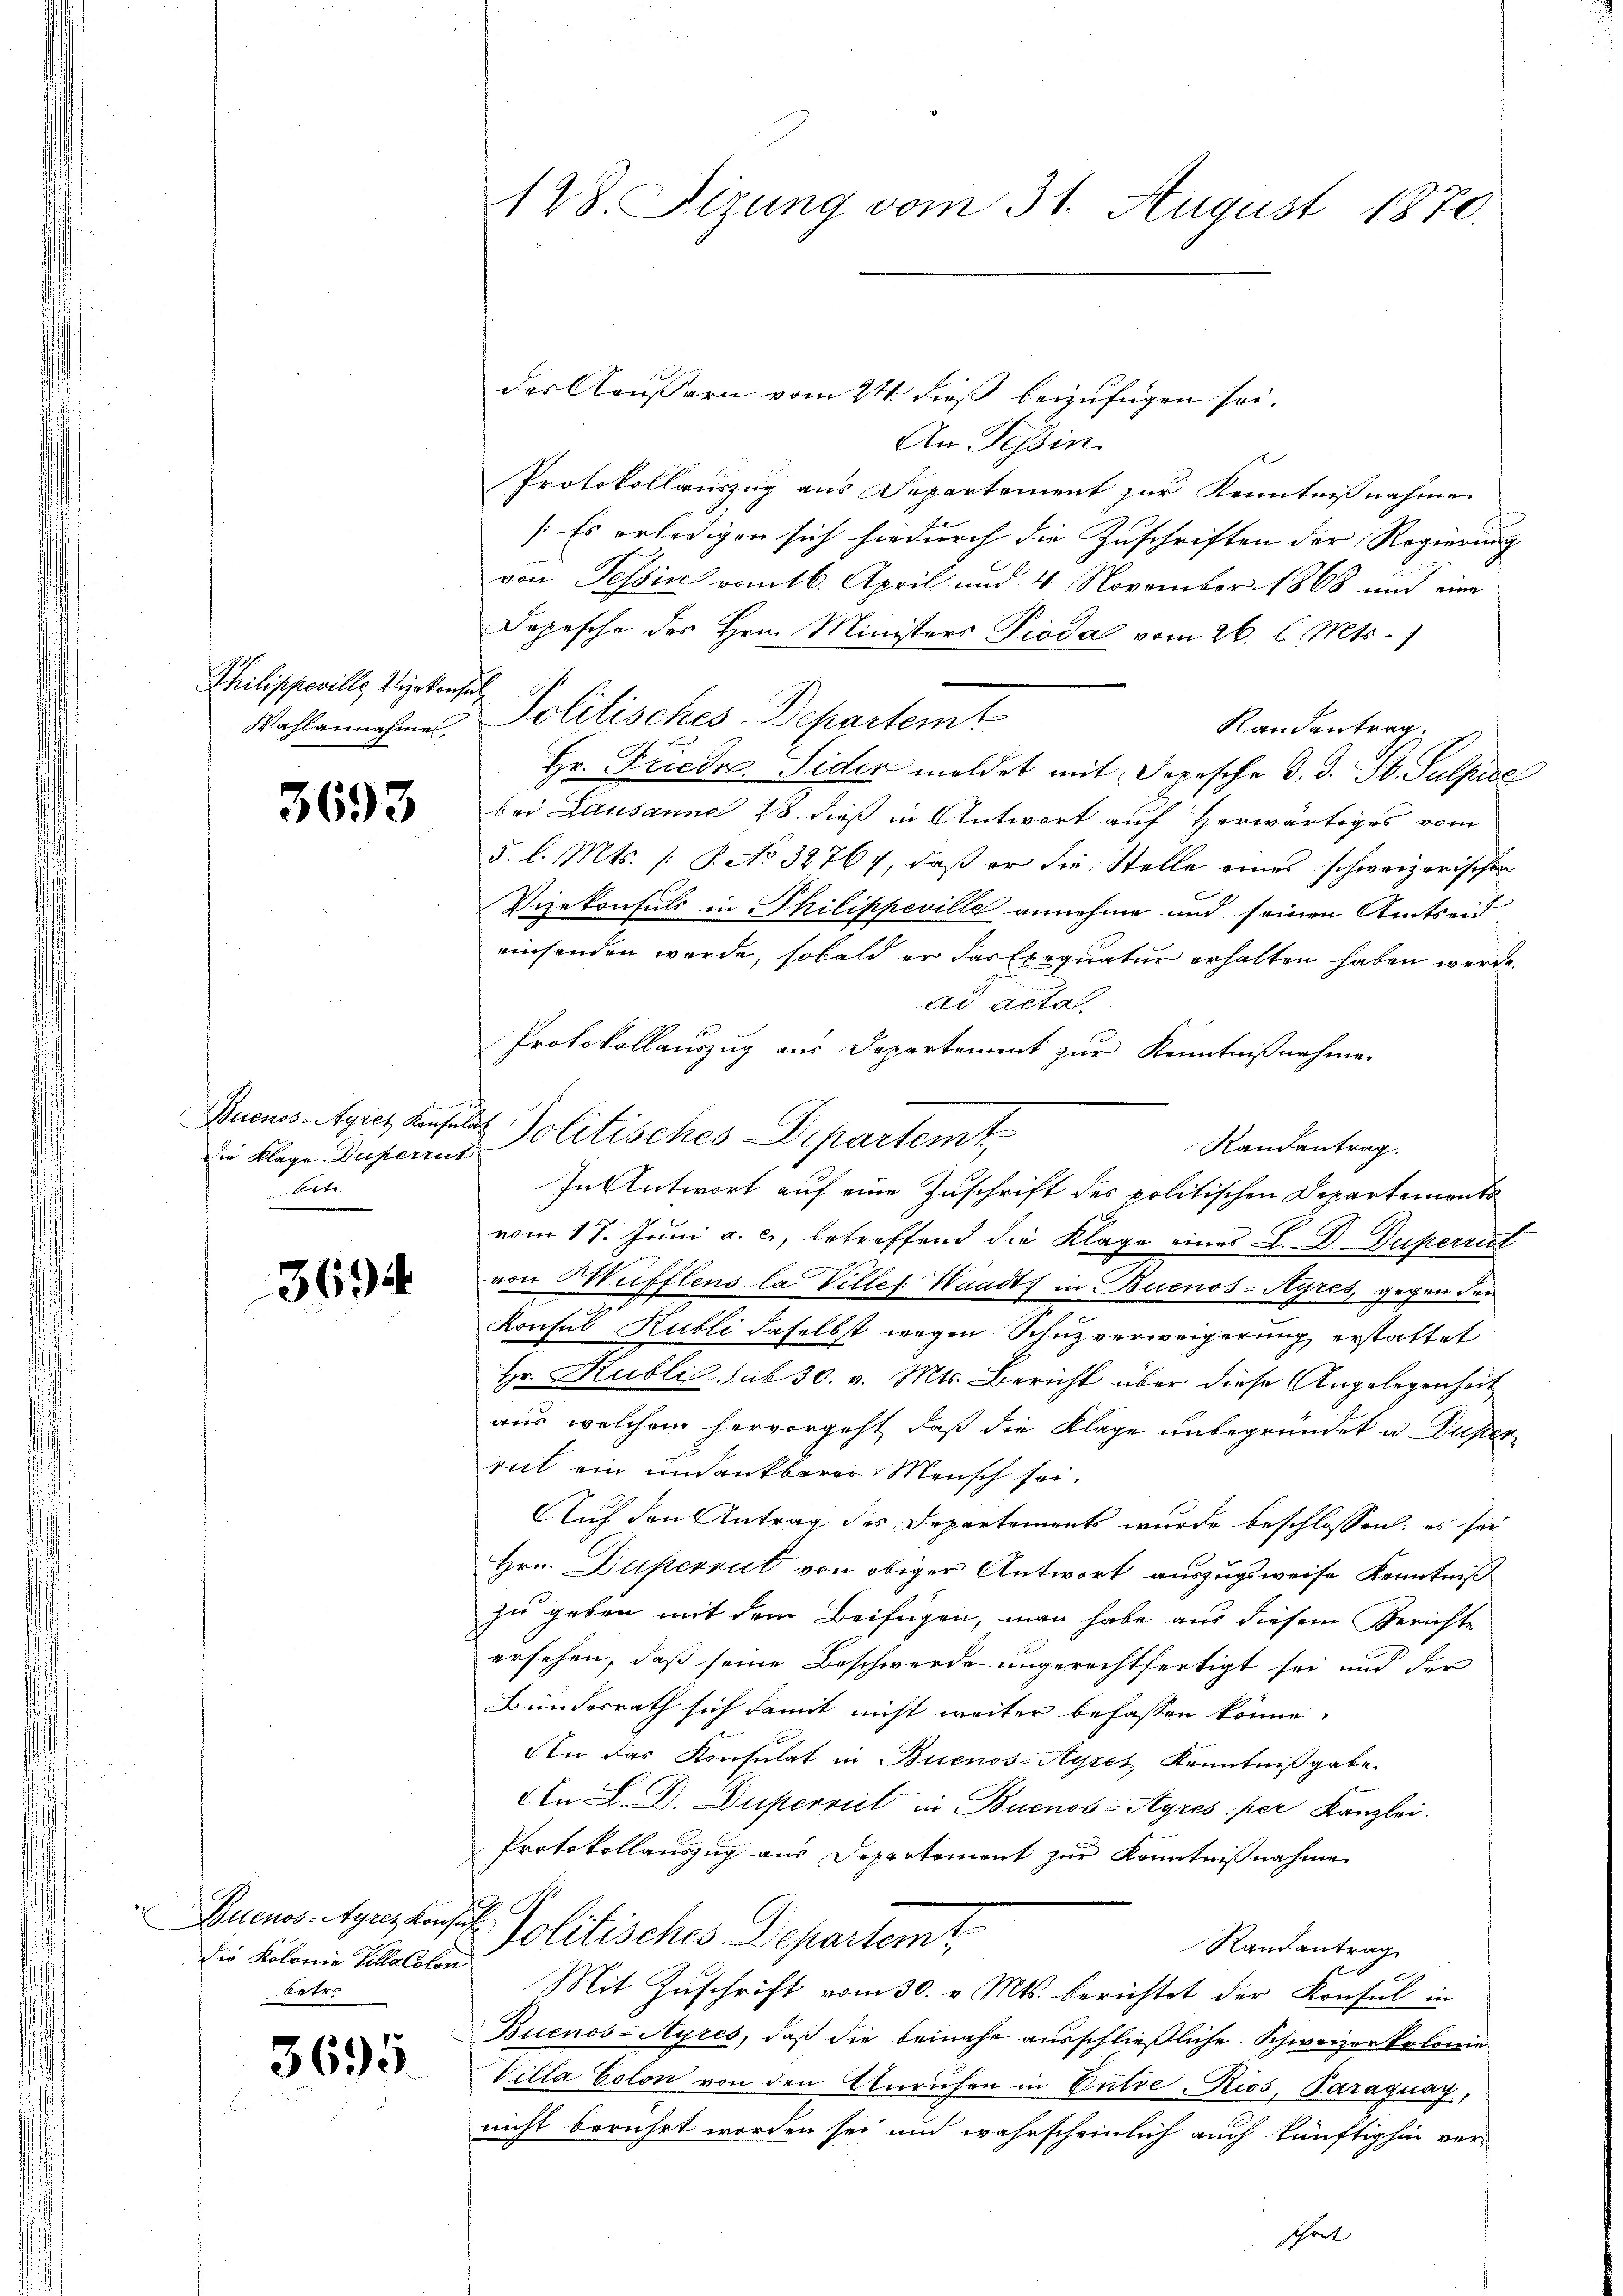
Philippeville Wirkensch
Wahlannahme,

3693

lammen auf
die Klage Duperrut
brte.

3694

Die Kolonie Tillacolon
betre

3695.

128. Sizung vom 31. August 1870.

des Aeußern vom 24. dieß beizufügen sei.
An Tessin.
Protokollauszug aus Departement zur Kenntnißnahme
Es erledigen sich hiedurch die Zuschriften der Regierung |
von Tessin vom 16. April und 4 November 1868 und eine
Dopesche des Hrn. Ministers Pioda vom 26. l. Mts.
Solitisches Departemt
Randantrag.
Hr. Friedr. Sider meldet mit Depesche d. d. St. Sulpire
bei Lausanne 28. dieß in Antwort auf herwärtiges vom
5. l. Mts. /: P. No 32767, daß er die Stelle eines schweizerischen
Vizekonsuls in Philippeville annehme und seinen Amtseid
einsenden werde, sobald er das Exequatur erhalten haben werde.
ad acta
Protokollauszug aus Departement zur Kenntnißnahmen
Randantrag.
In Antwort auf eine Zuschrift des politischen Departements
vom 17. Juni a. c., betreffend die Klage eines L. D. Duperrut
von Mufflens la Villes Waadt in Buenos-Ayres gegen den
Konsul Kubli daselbst wegen Schuzverweigerung erstattet
Hr. Kubli, sub 30. v. Mts. Bericht über diese Angelegenheit
aus welchem hervorgeht, daß die Klage unbegründet u. Duperrit ein undankbarer Mensch sei.
Auf den Antrag des Departements wurde beschlossen: es sei
Hrn. Duperrut von obiger Antwort auszugeweise Kenntniß
zu geben mit dem Beifügen, man habe aus diesem Gerichte
ersehen, daß seine Beschwerde ungerechtfertigt sei und der
Bundesrath sich damit nicht weiter befassen könne,
An das Konsulat in Buenos-Ayres Kenntnißgabe.
An L. D. Dupermit in Buenos-Ayres per Kanzlei.
Protokollauszug aus Departement zur Kenntnißnahme
Buenos-Ayres konst. Politisches Departemt
Randantrag
.
Mit Zuschrift vom 30. v. Mts. berichtet der Konsul in
Buenos-Ayres, daβ die beinahe ausschlieβliche Schweizerkolonie
Villa Colon von den Unruhen in Entre -Rios, Paraguay,
nicht berührt worden sei und wahrscheinlich auch künftighin verschort

Buenos-Ayres Konsula Politisches Departemt,